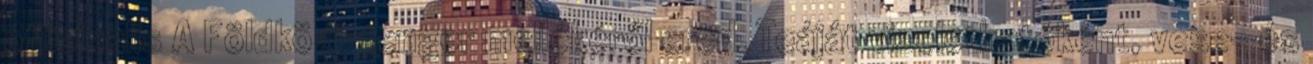
officinalis A Földközi-tenger mellékéről ered. Teáját vizelethatóként, vese- és